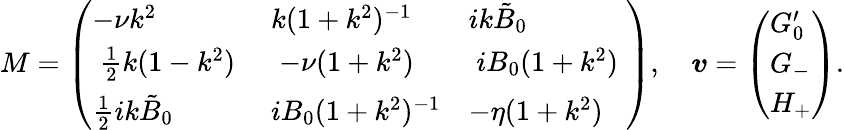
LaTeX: M=\left(\begin{array}{lll}{-\nu k^{2}}&{k(1+k^{2})^{-1}}&{ik\tilde{B}_{0}}\\ {\; \frac{1}{2}k(1-k^{2})\; }&{\; -\nu(1+k^{2})\; }&{\; iB_{0}(1+k^{2})\; }\\ {\frac{1}{2}ik\tilde{B}_{0}}&{iB_{0}(1+k^{2})^{-1}}&{-\eta(1+k^{2})}\end{array}\right),\quad\boldsymbol{v}=\left(\begin{array}{l}{G_{0}^{\prime}}\\ {G_{-}}\\ {H_{+}}\end{array}\right).